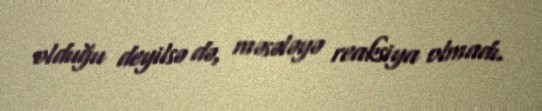
olduğu deyilsə də, məsələyə reaksiya olmadı.